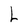
Character: L